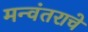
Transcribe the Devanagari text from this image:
मन्वंतराचे